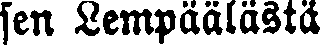
sen Lempäälästä